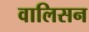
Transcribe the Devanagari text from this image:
वालिसन